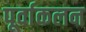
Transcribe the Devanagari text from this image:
पूर्वाकलन